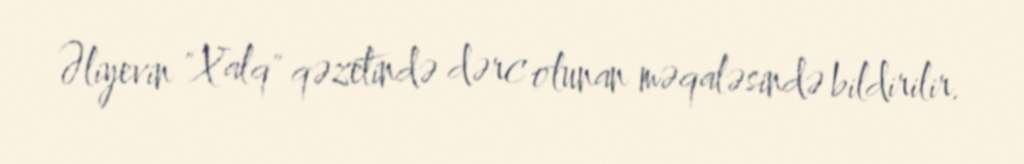
Əliyevin "Xalq" qəzetində dərc olunan məqaləsində bildirilir.